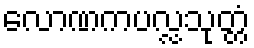
လောဏကပလ္လသုတ္တံ